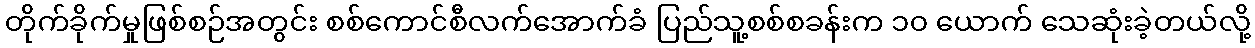
တိုက်ခိုက်မှုဖြစ်စဉ်အတွင်း စစ်ကောင်စီလက်အောက်ခံ ပြည်သူ့စစ်စခန်းက ၁၀ ယောက် သေဆုံးခဲ့တယ်လို့